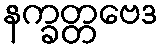
နက္ခတ္တဗေဒ